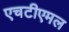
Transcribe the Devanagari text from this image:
एचटीएमल